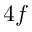
4 f